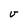
Character: V